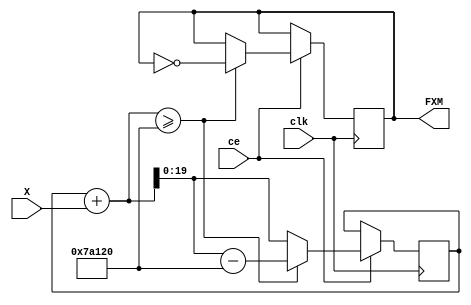
module Gen_FXM(input clk, output reg FXM = 0,
               input ce,  
               input [15:0] X);

  parameter M = 500000;

  reg [19:0] ACC = 0;
  wire CO = (ACC + X >= M) ; 

  always @ (posedge clk) if (ce) begin
    ACC <= CO ? ACC+X-M : ACC+X ;
    FXM <= CO ? !FXM : FXM ;
  end  

endmodule